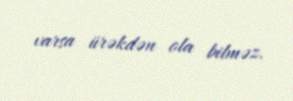
varsa ürəkdən ola bilməz.